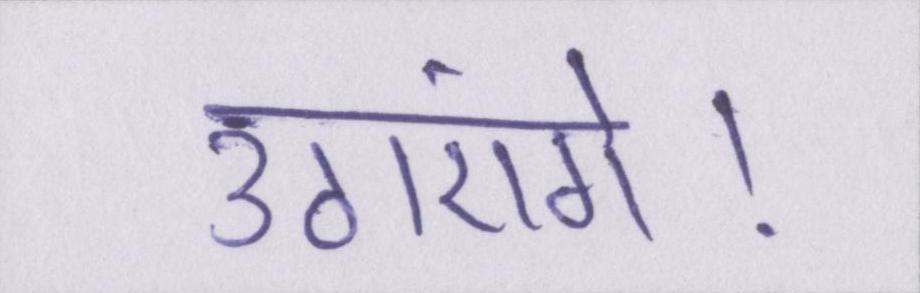
उठाएंगे।